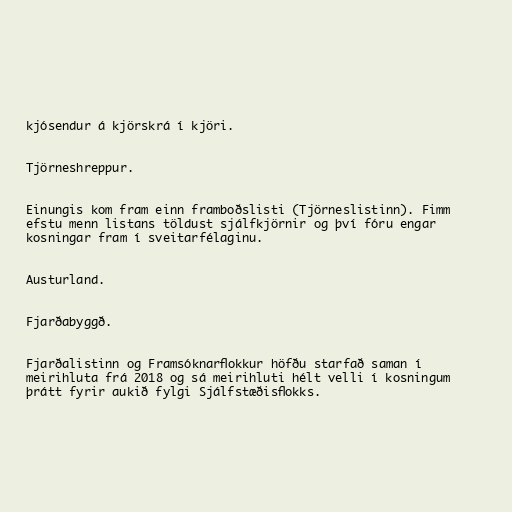
kjósendur á kjörskrá í kjöri.

Tjörneshreppur.

Einungis kom fram einn framboðslisti (Tjörneslistinn). Fimm
efstu menn listans töldust sjálfkjörnir og því fóru engar
kosningar fram í sveitarfélaginu.

Austurland.

Fjarðabyggð.

Fjarðalistinn og Framsóknarflokkur höfðu starfað saman í
meirihluta frá 2018 og sá meirihluti hélt velli í kosningum
þrátt fyrir aukið fylgi Sjálfstæðisflokks.